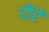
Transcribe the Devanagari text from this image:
दौरें